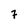
Character: 7